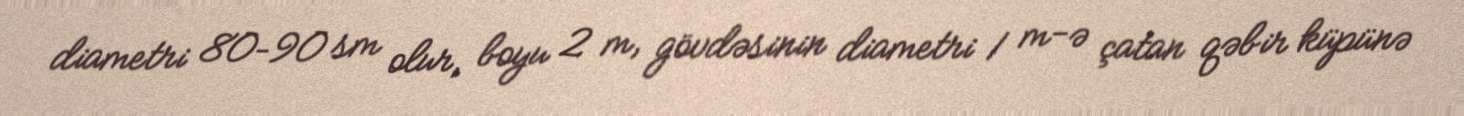
diametri 80–90 sm olur, boyu 2 m, gövdəsinin diametri 1 m-ə çatan qəbir küpünə